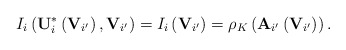
\begin{align*}I_{i}\left(\mathbf{U}_{i}^{*}\left(\mathbf{V}_{i'}\right),\mathbf{V}_{i'}\right)=I_{i}\left(\mathbf{V}_{i'}\right)=\rho_{K}\left(\mathbf{A}_{i'}\left(\mathbf{V}_{i'}\right)\right).\end{align*}